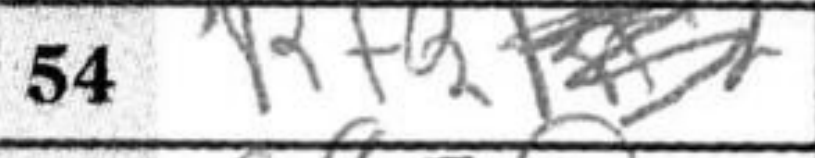
Transcription: Rf2